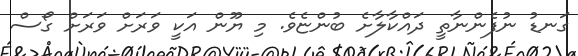
ގަނޑު ނުފެންނާތީ ދައްކާލާށެ ބުންޏެވެ. މި ޔޫން އަކީ ވަރަށް ވަރަށް ގޯސް